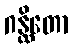
ဂန္ထိတော